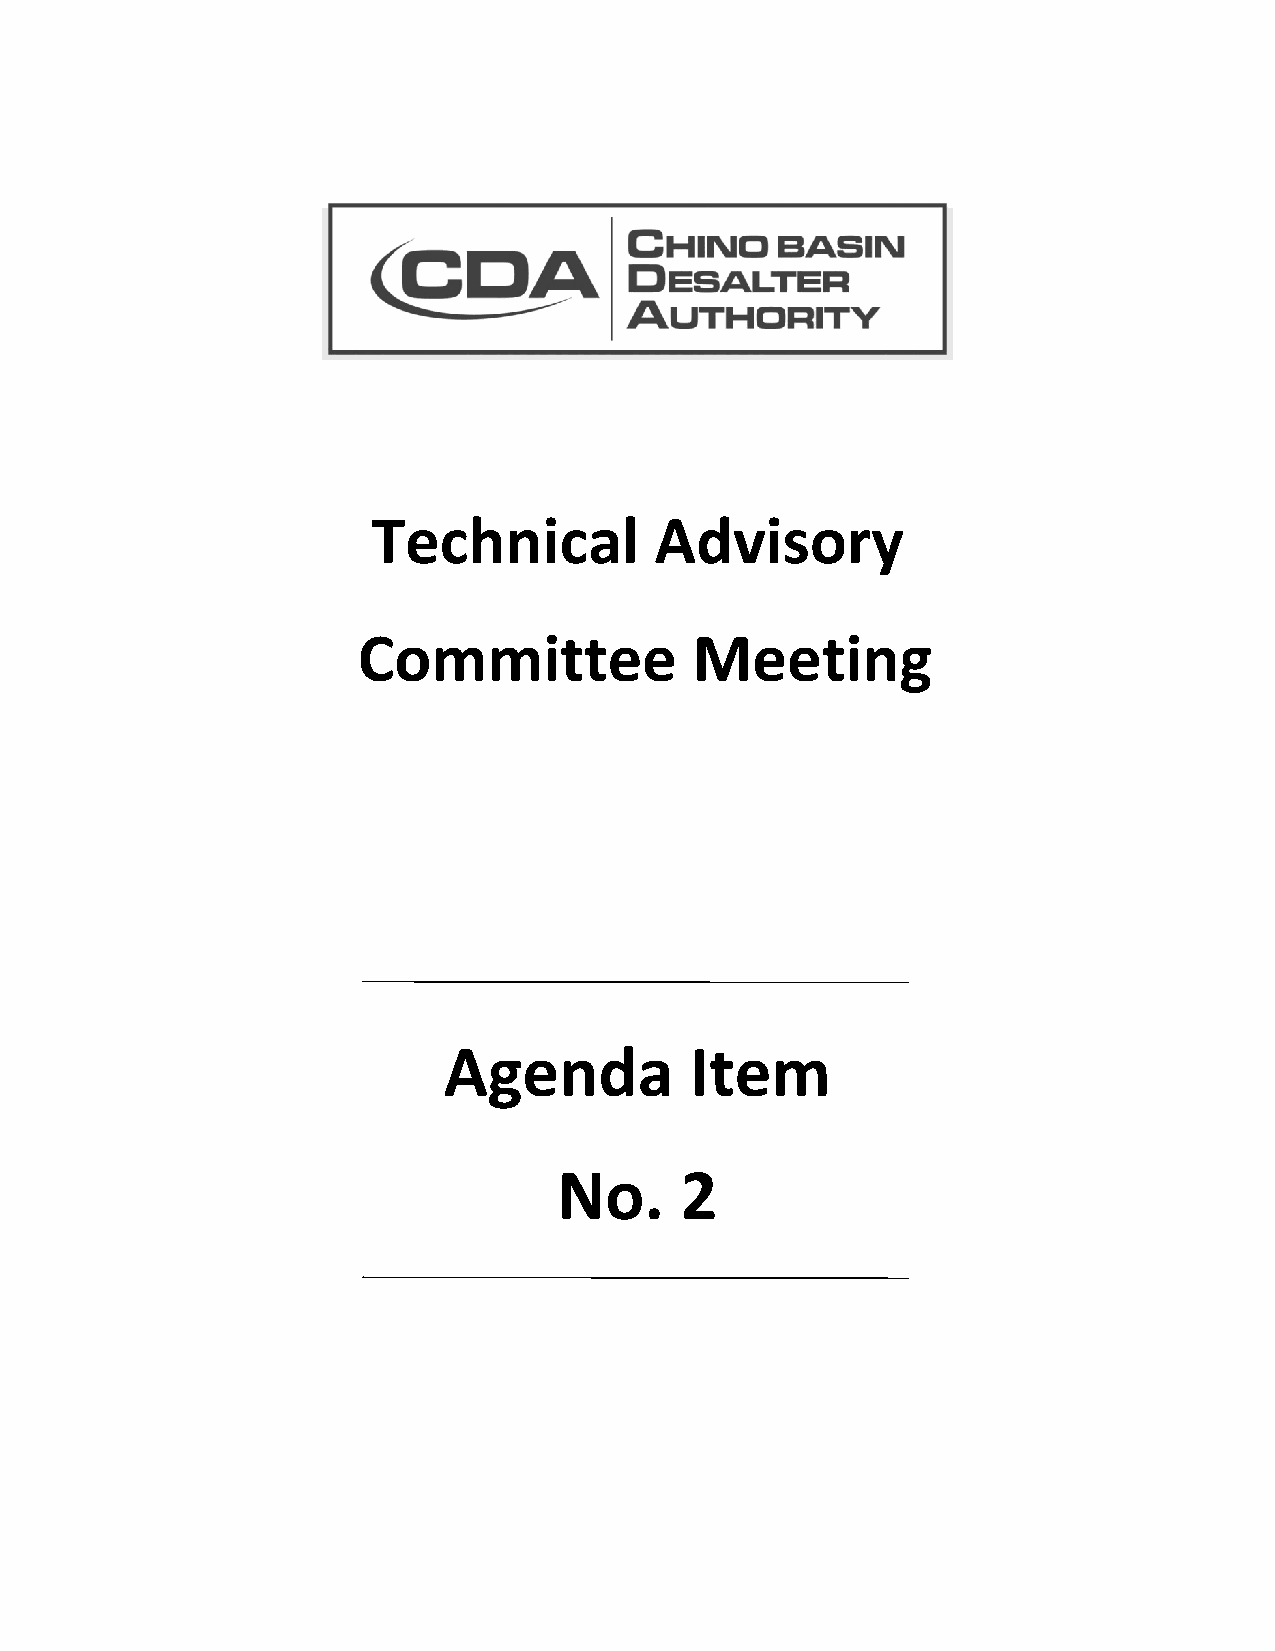
Technical         Advisory
 Committee             Meeting
 Agenda           Item
 No.     2